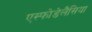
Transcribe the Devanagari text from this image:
एस्फोडेलैसिया